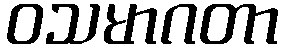
ဝသမာဂတာ